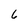
Character: 6